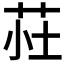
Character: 𫇾